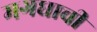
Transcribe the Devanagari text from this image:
मगधाची